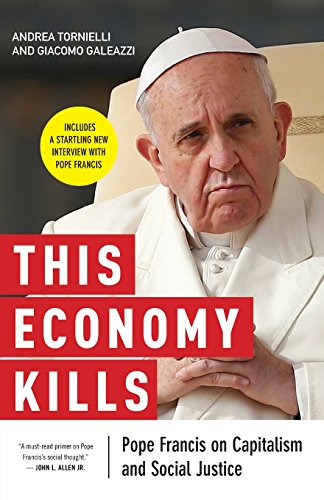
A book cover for This Economy Kills: Pope Francis on Capitalism and Social Justice; Andrea Tornielli; Business & Money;